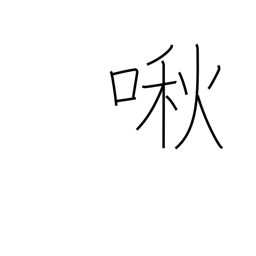
Meaning: whimper